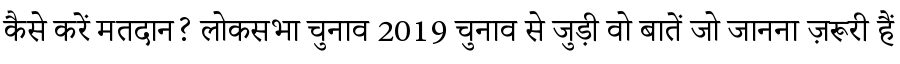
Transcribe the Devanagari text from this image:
कैसे करें मतदान? लोकसभा चुनाव 2019 चुनाव से जुड़ी वो बातें जो जानना ज़रूरी हैं